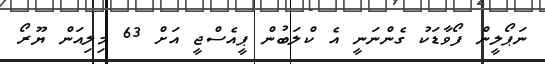
ނަޕޯލީން ފޯވާޑަކު ގެންނަނީ އެ ކްލަބުން ޕީއެސްޖީ އަށް 63 މިލިއަން ޔޫރޯ